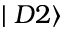
\mid D 2 \rangle